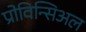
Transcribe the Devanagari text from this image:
प्रोविन्सिअल